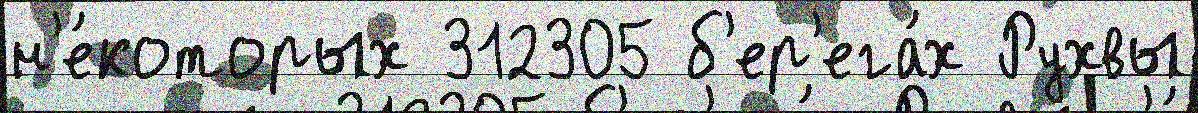
н'е́которых 312305 б'ер'ега́х Рухвы